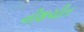
નીશચીત